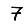
Digit: 7